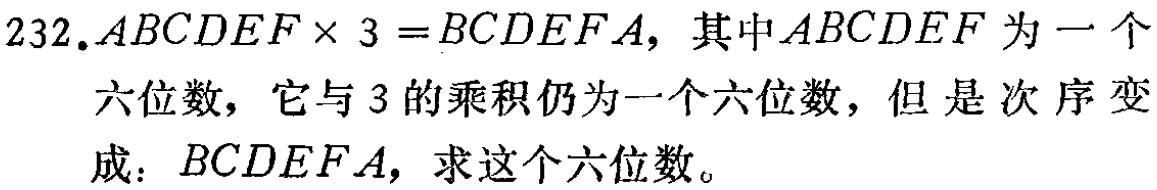
232.$ABCDEF\times 3 = BCDEFA$，其中$ABCDEF$为一个六位数，它与3的乘积仍为一个六位数，但是次序变成：$BCDEFA$，求这个六位数。